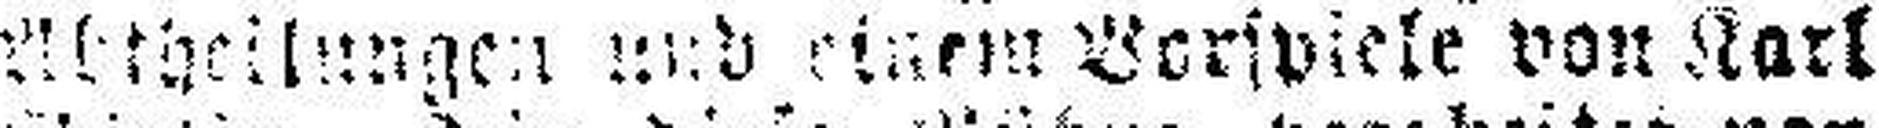
Abtheilungen und einem Verspiele von Karl